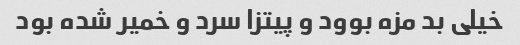
خیلی بد مزه بوود و پیتزا سرد و خمیر شده بود